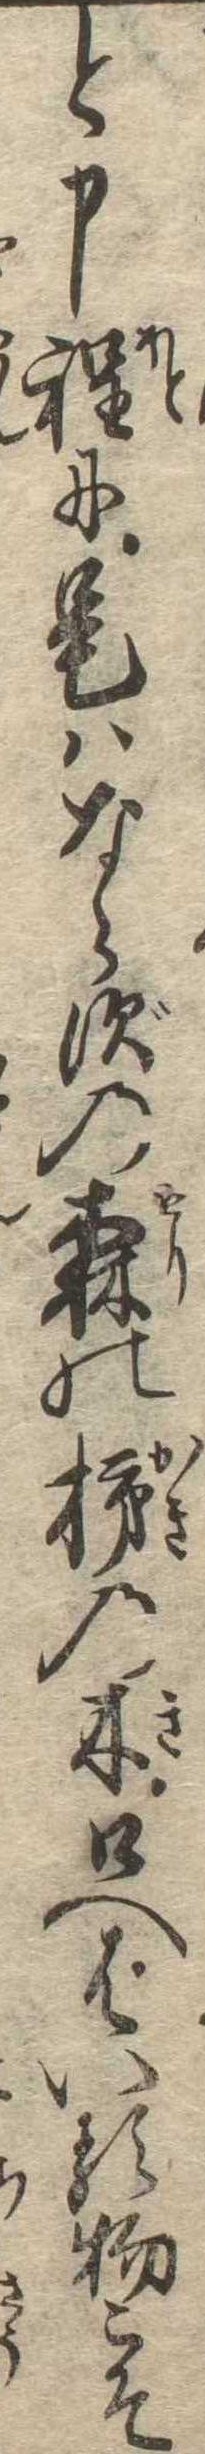
と申程に是はならずの森の柿の木口へはいる物こそ